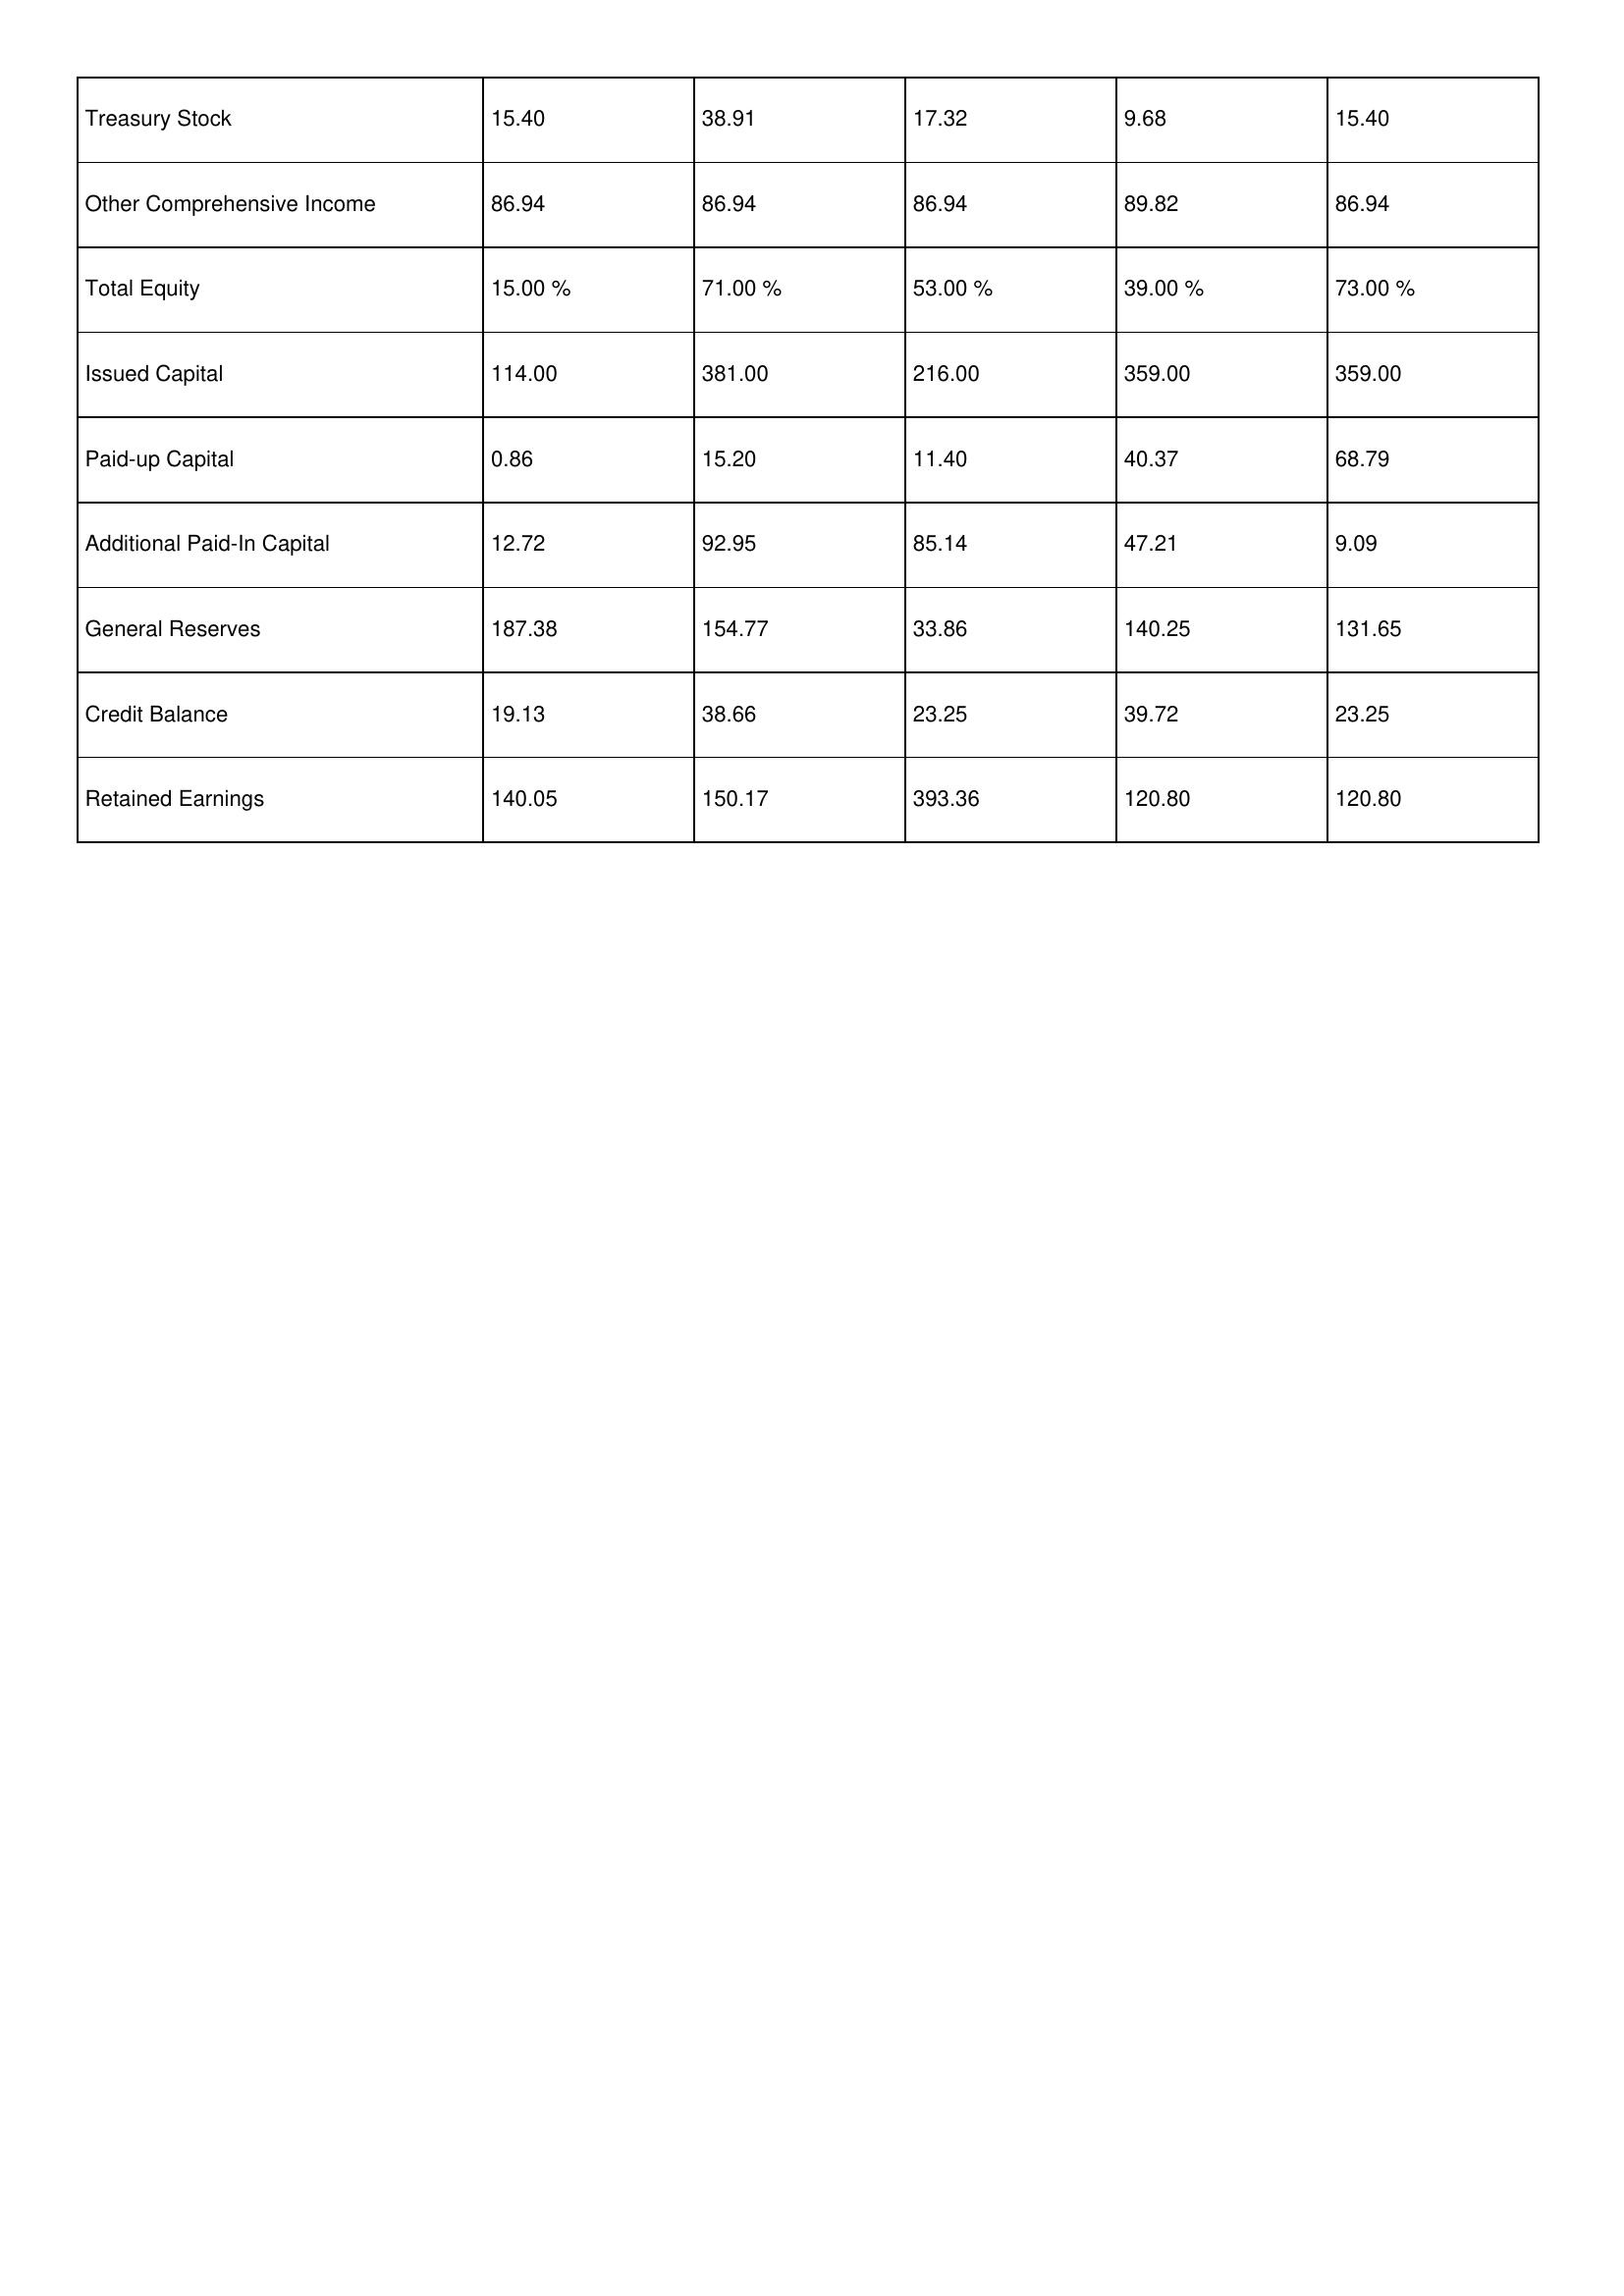
gt_parse: 2007: Treasury Stock: 15.40
Other Comprehensive Income: 86.94
Total Equity: 15.00 %
Issued Capital: 114.00
Paid-up Capital: 0.86
Additional Paid-In Capital: 12.72
General Reserves: 187.38
Credit Balance: 19.13
Retained Earnings: 140.05
2006: Treasury Stock: 38.91
Other Comprehensive Income: 86.94
Total Equity: 71.00 %
Issued Capital: 381.00
Paid-up Capital: 15.20
Additional Paid-In Capital: 92.95
General Reserves: 154.77
Credit Balance: 38.66
Retained Earnings: 150.17
2005: Treasury Stock: 17.32
Other Comprehensive Income: 86.94
Total Equity: 53.00 %
Issued Capital: 216.00
Paid-up Capital: 11.40
Additional Paid-In Capital: 85.14
General Reserves: 33.86
Credit Balance: 23.25
Retained Earnings: 393.36
2004: Treasury Stock: 9.68
Other Comprehensive Income: 89.82
Total Equity: 39.00 %
Issued Capital: 359.00
Paid-up Capital: 40.37
Additional Paid-In Capital: 47.21
General Reserves: 140.25
Credit Balance: 39.72
Retained Earnings: 120.80
2003: Treasury Stock: 15.40
Other Comprehensive Income: 86.94
Total Equity: 73.00 %
Issued Capital: 359.00
Paid-up Capital: 68.79
Additional Paid-In Capital: 9.09
General Reserves: 131.65
Credit Balance: 23.25
Retained Earnings: 120.80